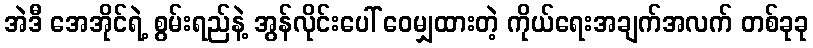
အဲဒီ အေအိုင်ရဲ့ စွမ်းရည်နဲ့ အွန်လိုင်းပေါ် ဝေမျှထားတဲ့ ကိုယ်ရေးအချက်အလက် တစ်ခုခု